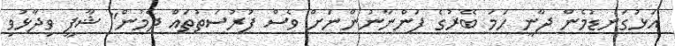
އަޅުގަނޑުމެން ދާނީ ހަމަ ބޭރުގެ ފަންނާނުންނަށް ވެސް ފުރުސަތުތައް ދެމުން" ޝާފީ ވިދާޅުވި